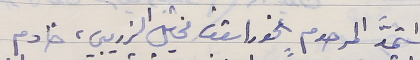
استمدَّ المرحوم الخوراسقف مخايل الذريبي، خادم